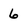
Character: 6